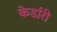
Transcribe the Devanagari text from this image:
केर्डारी